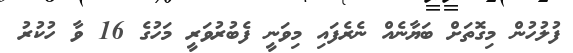
ފުލުހުން މިގޮތަށް ބަޔާނެއް ނެރެފައި މިވަނީ ފެބުރުވަރީ މަހުގެ 16 ވާ ހުކުރު